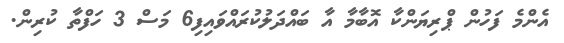
އެންމެ ފަހުން ޕްރިޔަންކާ އޮބާމާ އާ ބައްދަލުކުރައްވައިފި6 މަސް 3 ހަފްތާ ކުރިން.